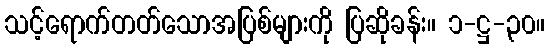
သင့်ရောက်တတ်သောအပြစ်များကို ပြဆိုခန်း။ ၁-ဋ္ဌ-၃၀။